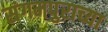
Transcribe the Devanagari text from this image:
संगमपुराच्या